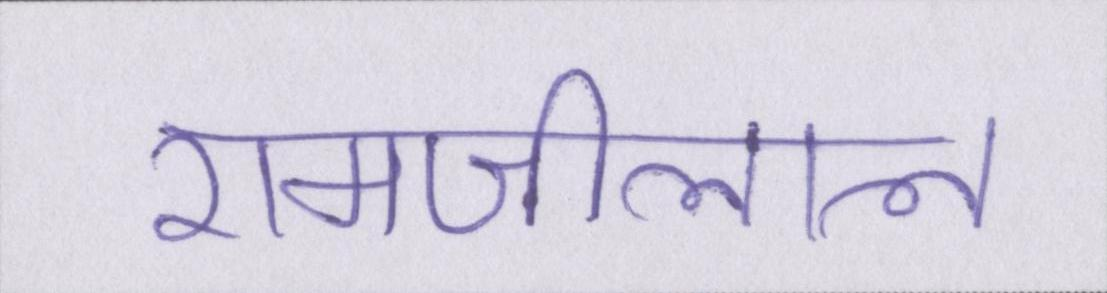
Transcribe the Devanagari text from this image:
रामजीलाल